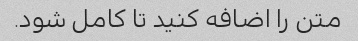
متن را اضافه کنید تا کامل شود.